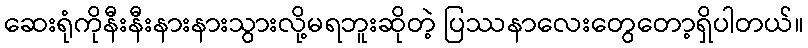
ဆေးရုံကိုနီးနီးနားနားသွားလို့မရဘူးဆိုတဲ့ ပြဿနာလေးတွေတော့ရှိပါတယ်။